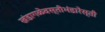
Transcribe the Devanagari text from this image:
खंडागळेवस्तीभंडारेस्ती